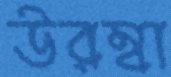
উরম্বা